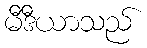
မီဒီယာသည်